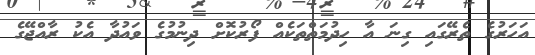
އަހަރުގެ ތެރޭގައި ގިނަ އާ ހިދުމަތްތަކެއް ފޯރުކޮށް ދިނުމުގެ ވައުދާ އެކު ރާއްޖޭގެ